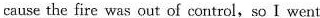
cause the fire was out of control,sp I went